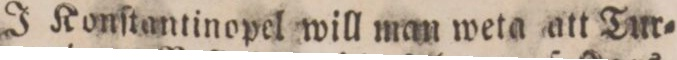
J Konſtantinopel will man weta att Tur=